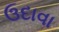
ઉદાવા